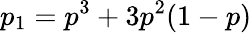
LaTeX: p_{1}=p^{3}+3p^{2}(1-p)